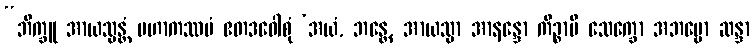
“ဘိက္ခူ အာယသ္မန္တံ မဟာကဿပံ ဧတဒဝေါစုံ ‘အယံ, ဘန္တေ, အာယသ္မာ အာနန္ဒော ကိဉ္စာပိ သေက္ခော အဘဗ္ဗော ဆန္ဒာ